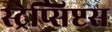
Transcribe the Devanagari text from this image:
स्ट्रेप्सिप्टस